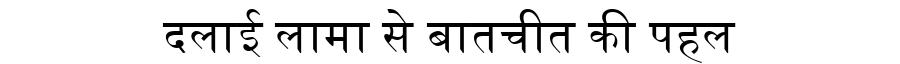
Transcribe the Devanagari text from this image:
दलाई लामा से बातचीत की पहल